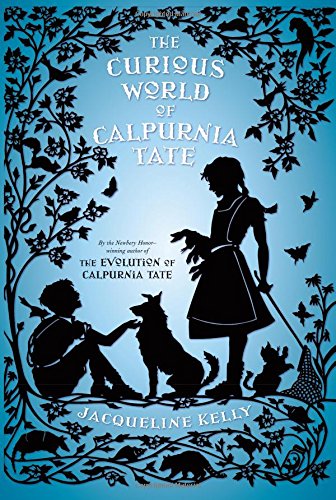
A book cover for The Curious World of Calpurnia Tate; Jacqueline Kelly; Children's Books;